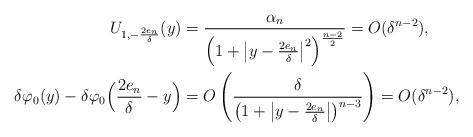
LaTeX: \begin{align*}U_{1,-\frac{2e_n}{\delta}}(y)&=\frac{\alpha_n}{\left(1+\left|y-\frac{2e_n}{\delta}\right|^2\right)^\frac{n-2}{2}}=O(\delta^{n-2}),\\\delta \varphi_0(y)-\delta \varphi_0\Big(\frac{2e_n}{\delta}-y\Big) &=O\left(\frac{\delta}{\left(1+\left|y-\frac{2e_n}{\delta}\right|\right)^{n-3}}\right)=O(\delta^{n-2}),\end{align*}